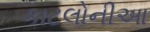
કાટલોનીઆ